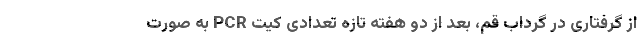
از گرفتاری در گرداب قم، بعد از دو هفته تازه تعدادی کیت PCR به صورت